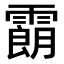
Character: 𩅜